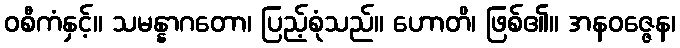
ဝစီကံနှင့်။ သမန္နာဂတော၊ ပြည့်စုံသည်။ ဟောတိ၊ ဖြစ်၏။ အနဝဇ္ဇေန၊